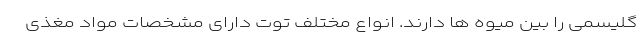
گلیسمی را بین میوه ها دارند. انواع مختلف توت دارای مشخصات مواد مغذی